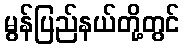
မွန်ပြည်နယ်တို့တွင်